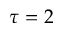
\tau = 2